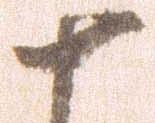
十